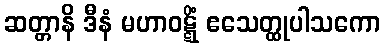
ဆတ္တာနိ ဒီနံ မဟာဝဋ္ဋိံ ဧသေတ္ထုပါသကော